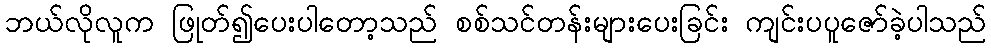
ဘယ်လိုလူက ဖြုတ်၍ပေးပါတော့သည် စစ်သင်တန်းများပေးခြင်း ကျင်းပပူဇော်ခဲ့ပါသည်